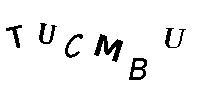
TUCMBU